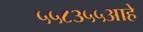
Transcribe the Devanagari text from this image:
५५८३५५आहे